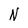
Character: N